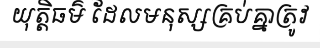
យុត្តិធម៌ ដែលមនុស្សគ្រប់គ្នាត្រូវ